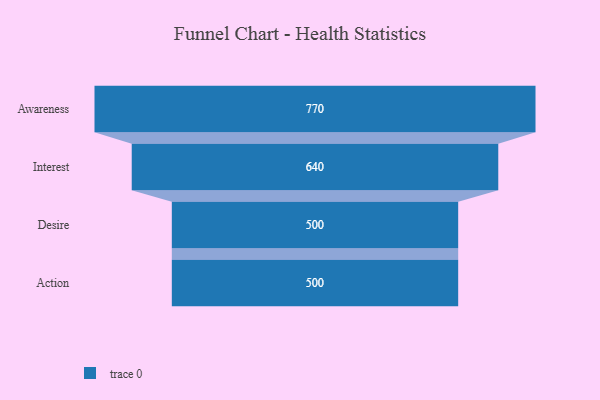
{"axis": {"x": "Stage", "y": "Value"}, "legend": [""], "data": [{"x": "Awareness", "y": 770.0, "type": ""}, {"x": "Interest", "y": 640.0, "type": ""}, {"x": "Desire", "y": 500, "type": ""}, {"x": "Action", "y": 500, "type": ""}]}